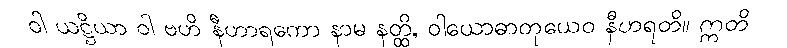
ဝါ ယဋ္ဌိယာ ဝါ ဗဟိ နီဟာရကော နာမ နတ္ထိ, ဝါယောဓာတုယေဝ နီဟရတိ။ ဣတိ